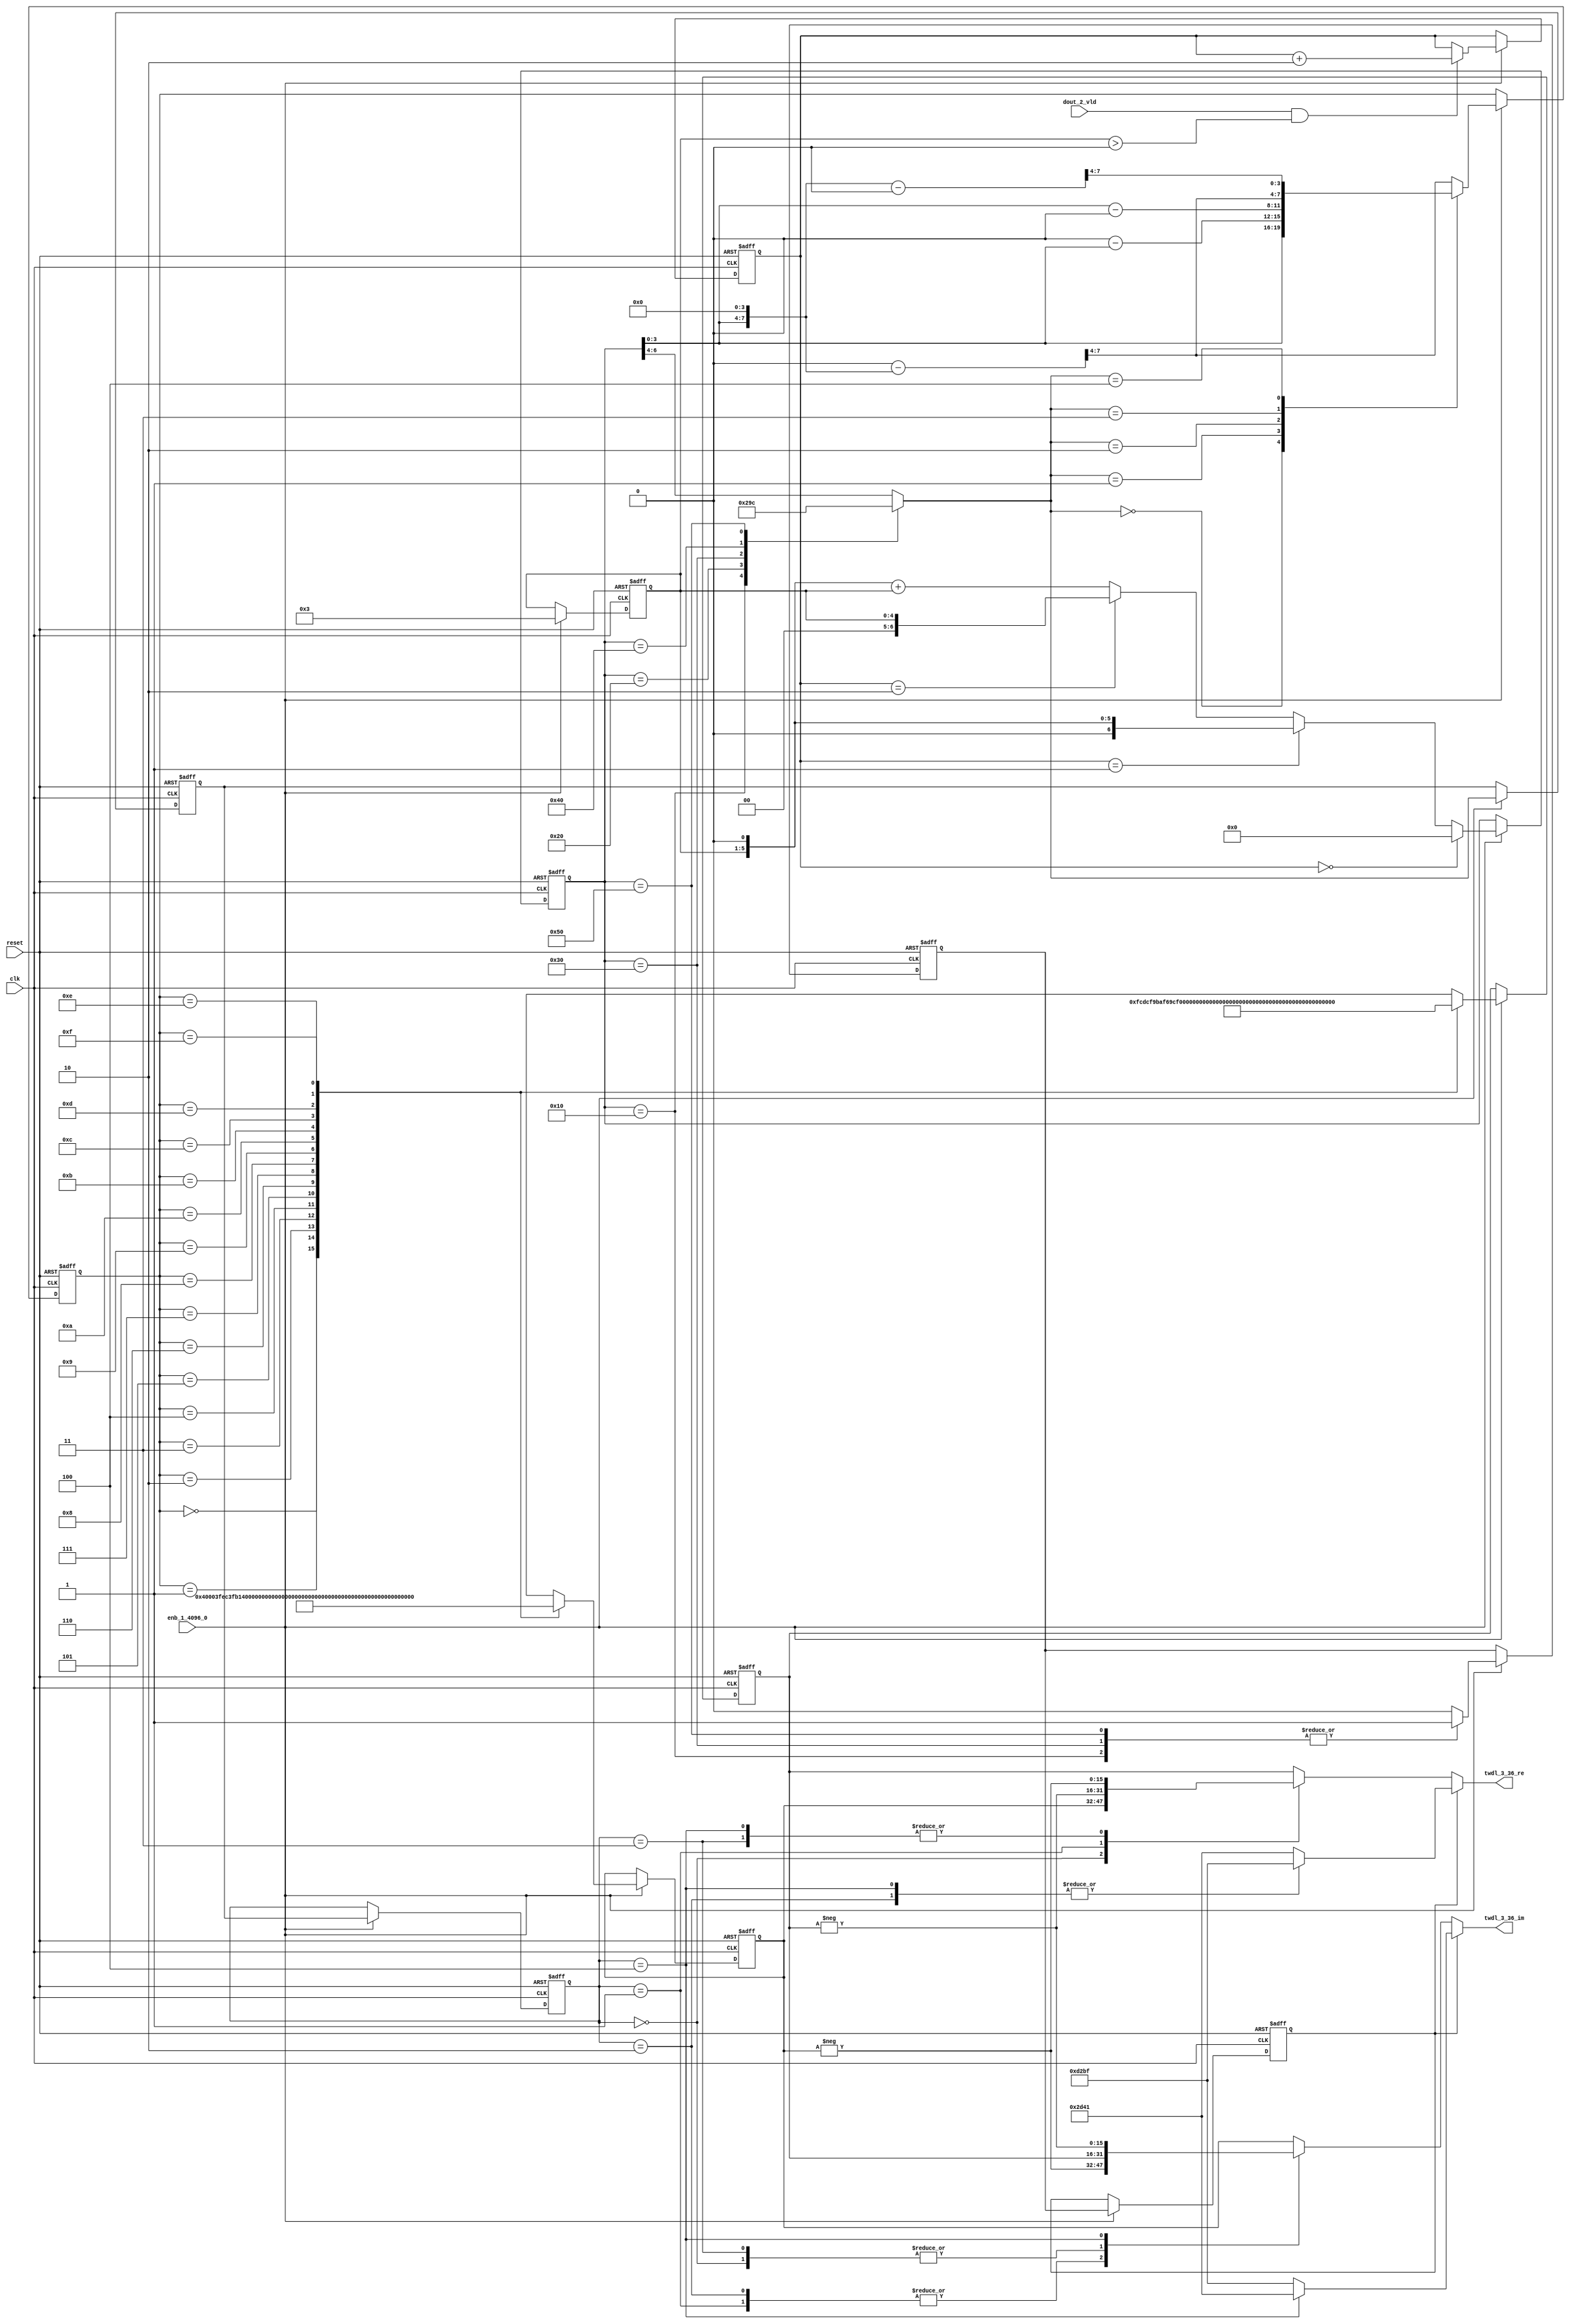
// -------------------------------------------------------------
// 
// 
// Generated by MATLAB 9.14 and HDL Coder 4.1
// 
// -------------------------------------------------------------


// -------------------------------------------------------------
// 
// Module: TWDLROM_3_36
// Source Path: dsphdl.IFFT/TWDLROM_3_36
// Hierarchy Level: 4
// 
// -------------------------------------------------------------

`timescale 1 ns / 1 ns

module TWDLROM_3_36
          (clk,
           reset,
           enb_1_4096_0,
           dout_2_vld,
           twdl_3_36_re,
           twdl_3_36_im);


  input   clk;
  input   reset;
  input   enb_1_4096_0;
  input   dout_2_vld;
  output  signed [15:0] twdl_3_36_re;  // sfix16_En14
  output  signed [15:0] twdl_3_36_im;  // sfix16_En14


  reg [4:0] Radix22TwdlMapping_cnt;  // ufix5
  reg [1:0] Radix22TwdlMapping_phase;  // ufix2
  reg [2:0] Radix22TwdlMapping_octantReg1;  // ufix3
  reg [6:0] Radix22TwdlMapping_twdlAddr_raw;  // ufix7
  reg [3:0] Radix22TwdlMapping_twdlAddrMap;  // ufix4
  reg  Radix22TwdlMapping_twdl45Reg;
  reg  Radix22TwdlMapping_dvldReg1;
  reg  Radix22TwdlMapping_dvldReg2;
  reg [4:0] Radix22TwdlMapping_cnt_next;  // ufix5
  reg [1:0] Radix22TwdlMapping_phase_next;  // ufix2
  reg [2:0] Radix22TwdlMapping_octantReg1_next;  // ufix3
  reg [6:0] Radix22TwdlMapping_twdlAddr_raw_next;  // ufix7
  reg [3:0] Radix22TwdlMapping_twdlAddrMap_next;  // ufix4
  reg  Radix22TwdlMapping_twdl45Reg_next;
  reg  Radix22TwdlMapping_dvldReg1_next;
  reg  Radix22TwdlMapping_dvldReg2_next;
  reg [3:0] twdlAddr;  // ufix4
  reg  twdlAddrVld;
  reg [2:0] twdlOctant;  // ufix3
  reg  twdl45;
  wire signed [15:0] Twiddle_re_table_data [0:15];  // sfix16_En14 [16]
  wire signed [15:0] twiddleS_re;  // sfix16_En14
  reg signed [15:0] twiddleReg_re;  // sfix16_En14
  wire signed [15:0] Twiddle_im_table_data [0:15];  // sfix16_En14 [16]
  wire signed [15:0] twiddleS_im;  // sfix16_En14
  reg signed [15:0] twiddleReg_im;  // sfix16_En14
  reg [2:0] twdlOctantReg;  // ufix3
  reg  twdl45Reg;
  reg signed [15:0] twdl_3_36_re_1;  // sfix16_En14
  reg signed [15:0] twdl_3_36_im_1;  // sfix16_En14
  reg [2:0] Radix22TwdlMapping_octant;  // ufix3
  reg [6:0] Radix22TwdlMapping_cnt_cast;  // ufix7
  reg signed [15:0] Radix22TwdlMapping_sub_cast;  // sfix16_En4
  reg signed [15:0] Radix22TwdlMapping_sub_temp;  // sfix16_En4
  reg signed [8:0] Radix22TwdlMapping_sub_temp_0;  // sfix9
  reg signed [8:0] Radix22TwdlMapping_sub_temp_1;  // sfix9
  reg signed [15:0] Radix22TwdlMapping_sub_cast_0;  // sfix16_En4
  reg signed [15:0] Radix22TwdlMapping_sub_temp_2;  // sfix16_En4
  reg signed [15:0] Radix22TwdlMapping_sub_cast_1;  // sfix16_En4
  reg signed [15:0] Radix22TwdlMapping_sub_temp_3;  // sfix16_En4
  reg [6:0] Radix22TwdlMapping_t_0_0;  // ufix7
  reg signed [8:0] Radix22TwdlMapping_t_1;  // sfix9
  reg signed [8:0] Radix22TwdlMapping_t_2_0;  // sfix9
  reg signed [15:0] Radix22TwdlOctCorr_twdlIn_re;  // sfix16_En14
  reg signed [15:0] Radix22TwdlOctCorr_twdlIn_im;  // sfix16_En14
  reg signed [16:0] Radix22TwdlOctCorr_cast;  // sfix17_En14
  reg signed [16:0] Radix22TwdlOctCorr_cast_0;  // sfix17_En14
  reg signed [16:0] Radix22TwdlOctCorr_cast_1;  // sfix17_En14
  reg signed [16:0] Radix22TwdlOctCorr_cast_2;  // sfix17_En14
  reg signed [16:0] Radix22TwdlOctCorr_cast_3;  // sfix17_En14
  reg signed [16:0] Radix22TwdlOctCorr_cast_4;  // sfix17_En14
  reg signed [16:0] Radix22TwdlOctCorr_cast_5;  // sfix17_En14
  reg signed [16:0] Radix22TwdlOctCorr_cast_6;  // sfix17_En14
  reg signed [16:0] Radix22TwdlOctCorr_cast_7;  // sfix17_En14
  reg signed [16:0] Radix22TwdlOctCorr_cast_8;  // sfix17_En14
  reg signed [16:0] Radix22TwdlOctCorr_cast_9;  // sfix17_En14
  reg signed [16:0] Radix22TwdlOctCorr_cast_10;  // sfix17_En14


  // Radix22TwdlMapping
  always @(posedge clk or posedge reset)
    begin : Radix22TwdlMapping_process
      if (reset == 1'b1) begin
        Radix22TwdlMapping_octantReg1 <= 3'b000;
        Radix22TwdlMapping_twdlAddr_raw <= 7'b0000000;
        Radix22TwdlMapping_twdlAddrMap <= 4'b0000;
        Radix22TwdlMapping_twdl45Reg <= 1'b0;
        Radix22TwdlMapping_dvldReg1 <= 1'b0;
        Radix22TwdlMapping_dvldReg2 <= 1'b0;
        Radix22TwdlMapping_cnt <= 5'b00011;
        Radix22TwdlMapping_phase <= 2'b01;
      end
      else begin
        if (enb_1_4096_0) begin
          Radix22TwdlMapping_cnt <= Radix22TwdlMapping_cnt_next;
          Radix22TwdlMapping_phase <= Radix22TwdlMapping_phase_next;
          Radix22TwdlMapping_octantReg1 <= Radix22TwdlMapping_octantReg1_next;
          Radix22TwdlMapping_twdlAddr_raw <= Radix22TwdlMapping_twdlAddr_raw_next;
          Radix22TwdlMapping_twdlAddrMap <= Radix22TwdlMapping_twdlAddrMap_next;
          Radix22TwdlMapping_twdl45Reg <= Radix22TwdlMapping_twdl45Reg_next;
          Radix22TwdlMapping_dvldReg1 <= Radix22TwdlMapping_dvldReg1_next;
          Radix22TwdlMapping_dvldReg2 <= Radix22TwdlMapping_dvldReg2_next;
        end
      end
    end

  always @(Radix22TwdlMapping_cnt, Radix22TwdlMapping_dvldReg1,
       Radix22TwdlMapping_dvldReg2, Radix22TwdlMapping_octantReg1,
       Radix22TwdlMapping_phase, Radix22TwdlMapping_twdl45Reg,
       Radix22TwdlMapping_twdlAddrMap, Radix22TwdlMapping_twdlAddr_raw,
       dout_2_vld) begin
    Radix22TwdlMapping_sub_temp = 16'sb0000000000000000;
    Radix22TwdlMapping_sub_temp_0 = 9'sb000000000;
    Radix22TwdlMapping_sub_temp_1 = 9'sb000000000;
    Radix22TwdlMapping_sub_temp_2 = 16'sb0000000000000000;
    Radix22TwdlMapping_sub_temp_3 = 16'sb0000000000000000;
    Radix22TwdlMapping_sub_cast_1 = 16'sb0000000000000000;
    Radix22TwdlMapping_t_0_0 = 7'b0000000;
    Radix22TwdlMapping_cnt_cast = 7'b0000000;
    Radix22TwdlMapping_sub_cast_0 = 16'sb0000000000000000;
    Radix22TwdlMapping_t_2_0 = 9'sb000000000;
    Radix22TwdlMapping_t_1 = 9'sb000000000;
    Radix22TwdlMapping_sub_cast = 16'sb0000000000000000;
    Radix22TwdlMapping_phase_next = Radix22TwdlMapping_phase;
    Radix22TwdlMapping_dvldReg2_next = Radix22TwdlMapping_dvldReg1;
    Radix22TwdlMapping_dvldReg1_next = dout_2_vld;
    case ( Radix22TwdlMapping_twdlAddr_raw)
      7'b0010000 :
        begin
          Radix22TwdlMapping_octant = 3'b000;
          Radix22TwdlMapping_twdl45Reg_next = 1'b1;
        end
      7'b0100000 :
        begin
          Radix22TwdlMapping_octant = 3'b001;
          Radix22TwdlMapping_twdl45Reg_next = 1'b0;
        end
      7'b0110000 :
        begin
          Radix22TwdlMapping_octant = 3'b010;
          Radix22TwdlMapping_twdl45Reg_next = 1'b1;
        end
      7'b1000000 :
        begin
          Radix22TwdlMapping_octant = 3'b011;
          Radix22TwdlMapping_twdl45Reg_next = 1'b0;
        end
      7'b1010000 :
        begin
          Radix22TwdlMapping_octant = 3'b100;
          Radix22TwdlMapping_twdl45Reg_next = 1'b1;
        end
      default :
        begin
          Radix22TwdlMapping_octant = Radix22TwdlMapping_twdlAddr_raw[6:4];
          Radix22TwdlMapping_twdl45Reg_next = 1'b0;
        end
    endcase
    Radix22TwdlMapping_octantReg1_next = Radix22TwdlMapping_octant;
    case ( Radix22TwdlMapping_octant)
      3'b000 :
        begin
          Radix22TwdlMapping_twdlAddrMap_next = Radix22TwdlMapping_twdlAddr_raw[3:0];
        end
      3'b001 :
        begin
          Radix22TwdlMapping_t_1 = {2'b0, Radix22TwdlMapping_twdlAddr_raw};
          Radix22TwdlMapping_sub_temp_0 = 9'sb000100000 - Radix22TwdlMapping_t_1;
          Radix22TwdlMapping_twdlAddrMap_next = Radix22TwdlMapping_sub_temp_0[3:0];
        end
      3'b010 :
        begin
          Radix22TwdlMapping_t_2_0 = {2'b0, Radix22TwdlMapping_twdlAddr_raw};
          Radix22TwdlMapping_sub_temp_1 = Radix22TwdlMapping_t_2_0 - 9'sb000100000;
          Radix22TwdlMapping_twdlAddrMap_next = Radix22TwdlMapping_sub_temp_1[3:0];
        end
      3'b011 :
        begin
          Radix22TwdlMapping_sub_cast_0 = {5'b0, {Radix22TwdlMapping_twdlAddr_raw, 4'b0000}};
          Radix22TwdlMapping_sub_temp_2 = 16'sb0000010000000000 - Radix22TwdlMapping_sub_cast_0;
          Radix22TwdlMapping_twdlAddrMap_next = Radix22TwdlMapping_sub_temp_2[7:4];
        end
      3'b100 :
        begin
          Radix22TwdlMapping_sub_cast_1 = {5'b0, {Radix22TwdlMapping_twdlAddr_raw, 4'b0000}};
          Radix22TwdlMapping_sub_temp_3 = Radix22TwdlMapping_sub_cast_1 - 16'sb0000010000000000;
          Radix22TwdlMapping_twdlAddrMap_next = Radix22TwdlMapping_sub_temp_3[7:4];
        end
      default :
        begin
          Radix22TwdlMapping_sub_cast = {5'b0, {Radix22TwdlMapping_twdlAddr_raw, 4'b0000}};
          Radix22TwdlMapping_sub_temp = 16'sb0000011000000000 - Radix22TwdlMapping_sub_cast;
          Radix22TwdlMapping_twdlAddrMap_next = Radix22TwdlMapping_sub_temp[7:4];
        end
    endcase
    if (Radix22TwdlMapping_phase == 2'b00) begin
      Radix22TwdlMapping_twdlAddr_raw_next = 7'b0000000;
    end
    else if (Radix22TwdlMapping_phase == 2'b01) begin
      Radix22TwdlMapping_t_0_0 = {2'b0, Radix22TwdlMapping_cnt};
      Radix22TwdlMapping_twdlAddr_raw_next = Radix22TwdlMapping_t_0_0 <<< 8'd1;
    end
    else if (Radix22TwdlMapping_phase == 2'b10) begin
      Radix22TwdlMapping_twdlAddr_raw_next = {2'b0, Radix22TwdlMapping_cnt};
    end
    else begin
      Radix22TwdlMapping_cnt_cast = {2'b0, Radix22TwdlMapping_cnt};
      Radix22TwdlMapping_twdlAddr_raw_next = (Radix22TwdlMapping_cnt_cast <<< 8'd1) + Radix22TwdlMapping_cnt_cast;
    end
    if (dout_2_vld && (Radix22TwdlMapping_cnt > 5'b00000)) begin
      Radix22TwdlMapping_phase_next = Radix22TwdlMapping_phase + 2'b10;
    end
    Radix22TwdlMapping_cnt_next = 5'b00011;
    twdlAddr = Radix22TwdlMapping_twdlAddrMap;
    twdlAddrVld = Radix22TwdlMapping_dvldReg2;
    twdlOctant = Radix22TwdlMapping_octantReg1;
    twdl45 = Radix22TwdlMapping_twdl45Reg;
  end



  // Twiddle ROM1
  assign Twiddle_re_table_data[0] = 16'sb0100000000000000;
  assign Twiddle_re_table_data[1] = 16'sb0011111111101100;
  assign Twiddle_re_table_data[2] = 16'sb0011111110110001;
  assign Twiddle_re_table_data[3] = 16'sb0011111101001111;
  assign Twiddle_re_table_data[4] = 16'sb0011111011000101;
  assign Twiddle_re_table_data[5] = 16'sb0011111000010101;
  assign Twiddle_re_table_data[6] = 16'sb0011110100111111;
  assign Twiddle_re_table_data[7] = 16'sb0011110001000010;
  assign Twiddle_re_table_data[8] = 16'sb0011101100100001;
  assign Twiddle_re_table_data[9] = 16'sb0011100111011011;
  assign Twiddle_re_table_data[10] = 16'sb0011100001110001;
  assign Twiddle_re_table_data[11] = 16'sb0011011011100101;
  assign Twiddle_re_table_data[12] = 16'sb0011010100110111;
  assign Twiddle_re_table_data[13] = 16'sb0011001101101000;
  assign Twiddle_re_table_data[14] = 16'sb0011000101111001;
  assign Twiddle_re_table_data[15] = 16'sb0010111101101100;
  assign twiddleS_re = Twiddle_re_table_data[twdlAddr];



  always @(posedge clk or posedge reset)
    begin : TWIDDLEROM_RE_process
      if (reset == 1'b1) begin
        twiddleReg_re <= 16'sb0000000000000000;
      end
      else begin
        if (enb_1_4096_0) begin
          twiddleReg_re <= twiddleS_re;
        end
      end
    end



  // Twiddle ROM2
  assign Twiddle_im_table_data[0] = 16'sb0000000000000000;
  assign Twiddle_im_table_data[1] = 16'sb1111110011011100;
  assign Twiddle_im_table_data[2] = 16'sb1111100110111010;
  assign Twiddle_im_table_data[3] = 16'sb1111011010011100;
  assign Twiddle_im_table_data[4] = 16'sb1111001110000100;
  assign Twiddle_im_table_data[5] = 16'sb1111000001110011;
  assign Twiddle_im_table_data[6] = 16'sb1110110101101100;
  assign Twiddle_im_table_data[7] = 16'sb1110101001110000;
  assign Twiddle_im_table_data[8] = 16'sb1110011110000010;
  assign Twiddle_im_table_data[9] = 16'sb1110010010100011;
  assign Twiddle_im_table_data[10] = 16'sb1110000111010101;
  assign Twiddle_im_table_data[11] = 16'sb1101111100011001;
  assign Twiddle_im_table_data[12] = 16'sb1101110001110010;
  assign Twiddle_im_table_data[13] = 16'sb1101100111100000;
  assign Twiddle_im_table_data[14] = 16'sb1101011101100110;
  assign Twiddle_im_table_data[15] = 16'sb1101010100000101;
  assign twiddleS_im = Twiddle_im_table_data[twdlAddr];



  always @(posedge clk or posedge reset)
    begin : TWIDDLEROM_IM_process
      if (reset == 1'b1) begin
        twiddleReg_im <= 16'sb0000000000000000;
      end
      else begin
        if (enb_1_4096_0) begin
          twiddleReg_im <= twiddleS_im;
        end
      end
    end



  always @(posedge clk or posedge reset)
    begin : intdelay_process
      if (reset == 1'b1) begin
        twdlOctantReg <= 3'b000;
      end
      else begin
        if (enb_1_4096_0) begin
          twdlOctantReg <= twdlOctant;
        end
      end
    end



  always @(posedge clk or posedge reset)
    begin : intdelay_1_process
      if (reset == 1'b1) begin
        twdl45Reg <= 1'b0;
      end
      else begin
        if (enb_1_4096_0) begin
          twdl45Reg <= twdl45;
        end
      end
    end



  // Radix22TwdlOctCorr
  always @(twdl45Reg, twdlOctantReg, twiddleReg_im, twiddleReg_re) begin
    Radix22TwdlOctCorr_cast_0 = 17'sb00000000000000000;
    Radix22TwdlOctCorr_cast_2 = 17'sb00000000000000000;
    Radix22TwdlOctCorr_cast_4 = 17'sb00000000000000000;
    Radix22TwdlOctCorr_cast_6 = 17'sb00000000000000000;
    Radix22TwdlOctCorr_cast_8 = 17'sb00000000000000000;
    Radix22TwdlOctCorr_cast_10 = 17'sb00000000000000000;
    Radix22TwdlOctCorr_cast_3 = 17'sb00000000000000000;
    Radix22TwdlOctCorr_cast_9 = 17'sb00000000000000000;
    Radix22TwdlOctCorr_cast_1 = 17'sb00000000000000000;
    Radix22TwdlOctCorr_cast_7 = 17'sb00000000000000000;
    Radix22TwdlOctCorr_cast = 17'sb00000000000000000;
    Radix22TwdlOctCorr_cast_5 = 17'sb00000000000000000;
    Radix22TwdlOctCorr_twdlIn_re = twiddleReg_re;
    Radix22TwdlOctCorr_twdlIn_im = twiddleReg_im;
    if (twdl45Reg) begin
      case ( twdlOctantReg)
        3'b000 :
          begin
            Radix22TwdlOctCorr_twdlIn_re = 16'sb0010110101000001;
            Radix22TwdlOctCorr_twdlIn_im = 16'sb1101001010111111;
          end
        3'b010 :
          begin
            Radix22TwdlOctCorr_twdlIn_re = 16'sb1101001010111111;
            Radix22TwdlOctCorr_twdlIn_im = 16'sb1101001010111111;
          end
        3'b100 :
          begin
            Radix22TwdlOctCorr_twdlIn_re = 16'sb1101001010111111;
            Radix22TwdlOctCorr_twdlIn_im = 16'sb0010110101000001;
          end
        default :
          begin
            Radix22TwdlOctCorr_twdlIn_re = 16'sb0010110101000001;
            Radix22TwdlOctCorr_twdlIn_im = 16'sb1101001010111111;
          end
      endcase
    end
    else begin
      case ( twdlOctantReg)
        3'b000 :
          begin
          end
        3'b001 :
          begin
            Radix22TwdlOctCorr_cast = {twiddleReg_im[15], twiddleReg_im};
            Radix22TwdlOctCorr_cast_0 =  - (Radix22TwdlOctCorr_cast);
            Radix22TwdlOctCorr_twdlIn_re = Radix22TwdlOctCorr_cast_0[15:0];
            Radix22TwdlOctCorr_cast_5 = {twiddleReg_re[15], twiddleReg_re};
            Radix22TwdlOctCorr_cast_6 =  - (Radix22TwdlOctCorr_cast_5);
            Radix22TwdlOctCorr_twdlIn_im = Radix22TwdlOctCorr_cast_6[15:0];
          end
        3'b010 :
          begin
            Radix22TwdlOctCorr_twdlIn_re = twiddleReg_im;
            Radix22TwdlOctCorr_cast_7 = {twiddleReg_re[15], twiddleReg_re};
            Radix22TwdlOctCorr_cast_8 =  - (Radix22TwdlOctCorr_cast_7);
            Radix22TwdlOctCorr_twdlIn_im = Radix22TwdlOctCorr_cast_8[15:0];
          end
        3'b011 :
          begin
            Radix22TwdlOctCorr_cast_1 = {twiddleReg_re[15], twiddleReg_re};
            Radix22TwdlOctCorr_cast_2 =  - (Radix22TwdlOctCorr_cast_1);
            Radix22TwdlOctCorr_twdlIn_re = Radix22TwdlOctCorr_cast_2[15:0];
            Radix22TwdlOctCorr_twdlIn_im = twiddleReg_im;
          end
        3'b100 :
          begin
            Radix22TwdlOctCorr_cast_3 = {twiddleReg_re[15], twiddleReg_re};
            Radix22TwdlOctCorr_cast_4 =  - (Radix22TwdlOctCorr_cast_3);
            Radix22TwdlOctCorr_twdlIn_re = Radix22TwdlOctCorr_cast_4[15:0];
            Radix22TwdlOctCorr_cast_9 = {twiddleReg_im[15], twiddleReg_im};
            Radix22TwdlOctCorr_cast_10 =  - (Radix22TwdlOctCorr_cast_9);
            Radix22TwdlOctCorr_twdlIn_im = Radix22TwdlOctCorr_cast_10[15:0];
          end
        default :
          begin
            Radix22TwdlOctCorr_twdlIn_re = twiddleReg_im;
            Radix22TwdlOctCorr_twdlIn_im = twiddleReg_re;
          end
      endcase
    end
    twdl_3_36_re_1 = Radix22TwdlOctCorr_twdlIn_re;
    twdl_3_36_im_1 = Radix22TwdlOctCorr_twdlIn_im;
  end



  assign twdl_3_36_re = twdl_3_36_re_1;

  assign twdl_3_36_im = twdl_3_36_im_1;

endmodule  // TWDLROM_3_36